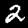
Digit: 2